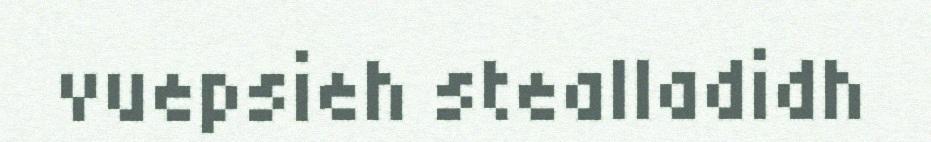
vuepsieh stealladidh